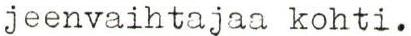
jeenvaihtajaa kohti.